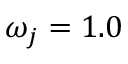
\omega _ { j } = 1 . 0